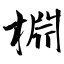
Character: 棩